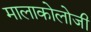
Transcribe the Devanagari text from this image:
मालाकोलोजी